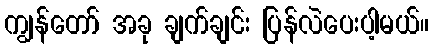
ကျွန်တော် အခု ချက်ချင်း ပြန်လဲပေးပါ့မယ်။